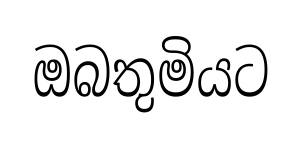
ඔබතුමියට